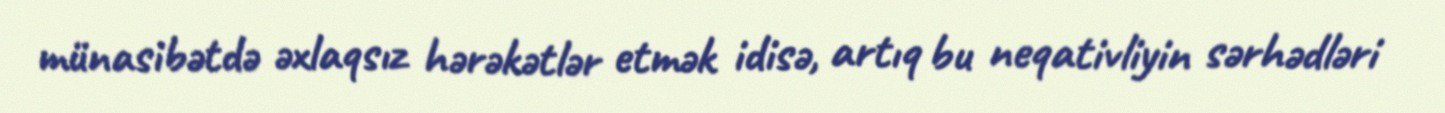
münasibətdə əxlaqsız hərəkətlər etmək idisə, artıq bu neqativliyin sərhədləri